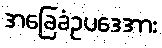
အခြေခံဥပဒေအား